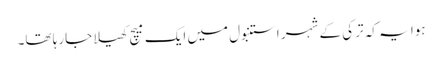
ہوا یہ کہ ترکی کے شہر استنبول میں ایک میچ کھیلا جارہا تھا۔